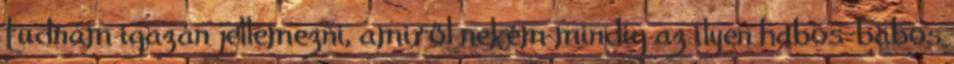
tudnám igazán jellemezni, amiről nekem mindig az ilyen habos-babos